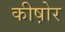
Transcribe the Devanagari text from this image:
कीष़ोर